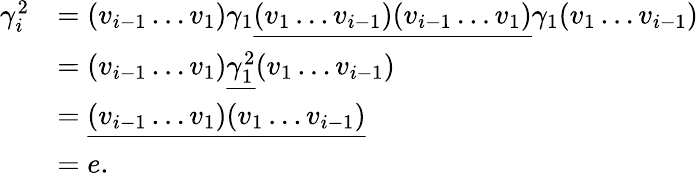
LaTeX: \begin{array}{rl}{\gamma_{i}^{2}}&{=(v_{i-1}\ldots v_{1})\gamma_{1}\underline{{(v_{1}\ldots v_{i-1})(v_{i-1}\ldots v_{1})}}\gamma_{1}(v_{1}\ldots v_{i-1})}\\ &{=(v_{i-1}\ldots v_{1})\underline{{\gamma_{1}^{2}}}(v_{1}\ldots v_{i-1})}\\ &{=\underline{{(v_{i-1}\ldots v_{1})(v_{1}\ldots v_{i-1})}}}\\ &{=e.}\end{array}